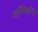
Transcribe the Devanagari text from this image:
मार्मिकतेचा